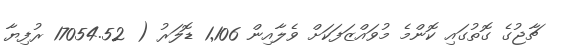
ޗާޖުގެ ގޮތުގައި ކޮންމެ މުވައްޒަފަކަށް ވެލާއިން 1